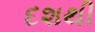
દશથી